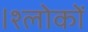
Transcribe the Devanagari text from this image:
।श्लोकों